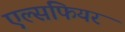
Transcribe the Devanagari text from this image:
एल्सफियर